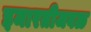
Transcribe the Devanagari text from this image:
इमारतीजवळ